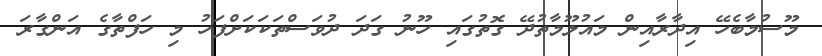
މޫސުމާބެހޭ އިދާރާއިން މައުލޫމާތުދޭ ގޮތުގައި ހޫނު ގަދަ ދުވަސްތަކަކަށްފަހު މި ހަފްތާގެ އަންގާރަ